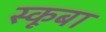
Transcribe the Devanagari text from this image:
स्‍कूबा